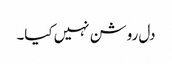
دل روشن نہیں کیا۔